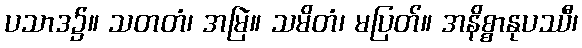
ပသာဒ၌။ သတတံ၊ အမြဲ။ သမိတံ၊ မပြတ်။ အနိစ္စာနုပဿီ၊